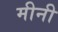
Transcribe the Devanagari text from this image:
मीनी